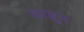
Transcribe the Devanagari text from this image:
काशून